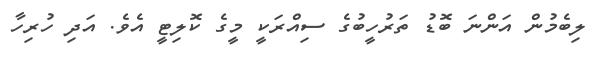
ލިބެމުން އަންނަ ބޮޑު ތަރުހީބުގެ ސިއްރަކީ މީގެ ކޮލިޓީ އެވެ. އަދި ހުރިހާ